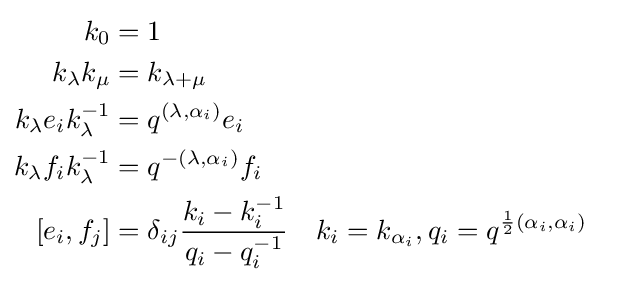
{\begin{aligned}k_{0}&=1\\k_{\lambda }k_{\mu }&=k_{\lambda +\mu }\\k_{\lambda }e_{i}k_{\lambda }^{-1}&=q^{(\lambda ,\alpha _{i})}e_{i}\\k_{\lambda }f_{i}k_{\lambda }^{-1}&=q^{-(\lambda ,\alpha _{i})}f_{i}\\\left[e_{i},f_{j}\right]&=\delta _{ij}{\frac {k_{i}-k_{i}^{-1}}{q_{i}-q_{i}^{-1}}}&&k_{i}=k_{\alpha _{i}},q_{i}=q^{{\frac {1}{2}}(\alpha _{i},\alpha _{i})}\\\end{aligned}}